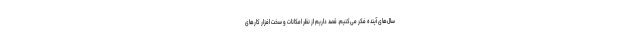
سال‌های آینده فکر می‌کنیم. قصد داریم از نظر امکانات و سخت افزار کارهای